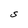
Character: S